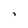
Character: i